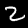
Label: 2